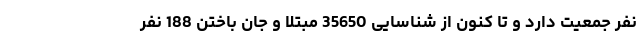
نفر جمعیت دارد و تا کنون از شناسایی 35650 مبتلا و جان باختن 188 نفر